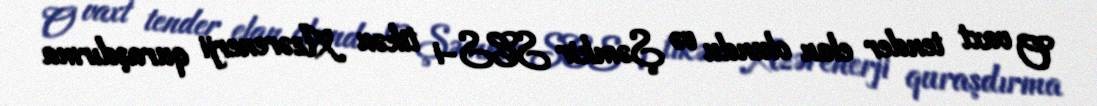
O vaxt tender elan olundu və Şəmkir SES-i tikən Azərenerji quraşdırma